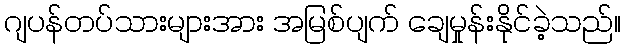
ဂျပန်တပ်သားများအား အမြစ်ပျက် ချေမှုန်းနိုင်ခဲ့သည်။